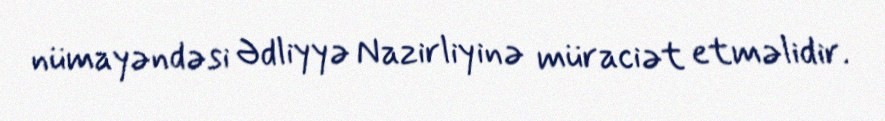
nümayəndəsi Ədliyyə Nazirliyinə müraciət etməlidir.